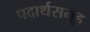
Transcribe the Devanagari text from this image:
पदार्थसमूह